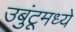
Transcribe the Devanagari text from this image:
उबुंटूमध्ये